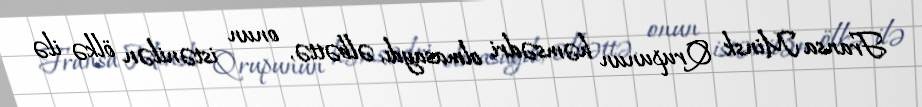
Fransa Minsk Qrupunun həmsədri olmasaydı, əlbəttə, onun istənilən ölkə ilə